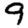
Digit: 9